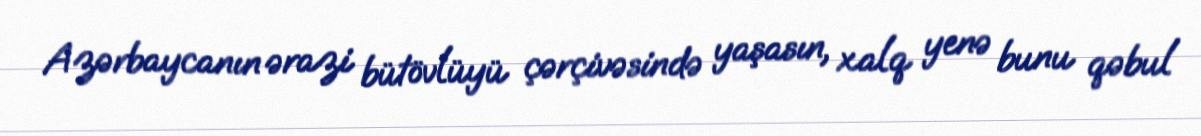
Azərbaycanın ərazi bütövlüyü çərçivəsində yaşasın, xalq yenə bunu qəbul